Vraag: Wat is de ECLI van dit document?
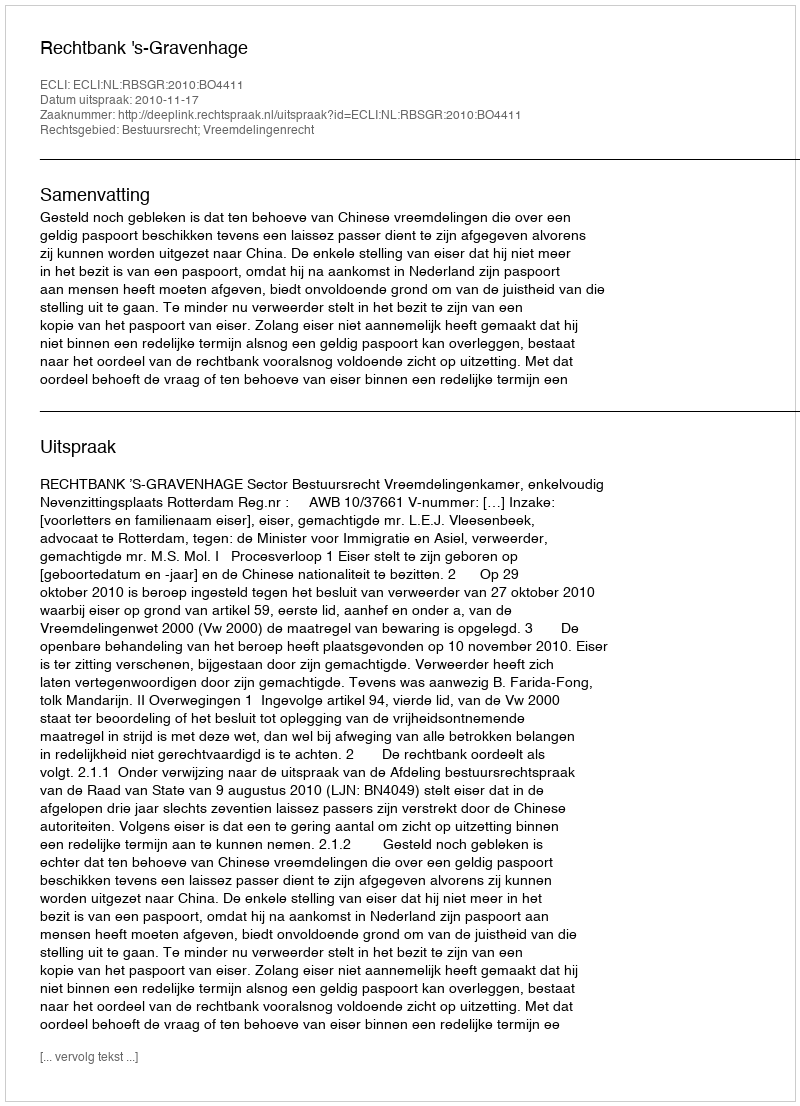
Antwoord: ECLI:NL:RBSGR:2010:BO4411